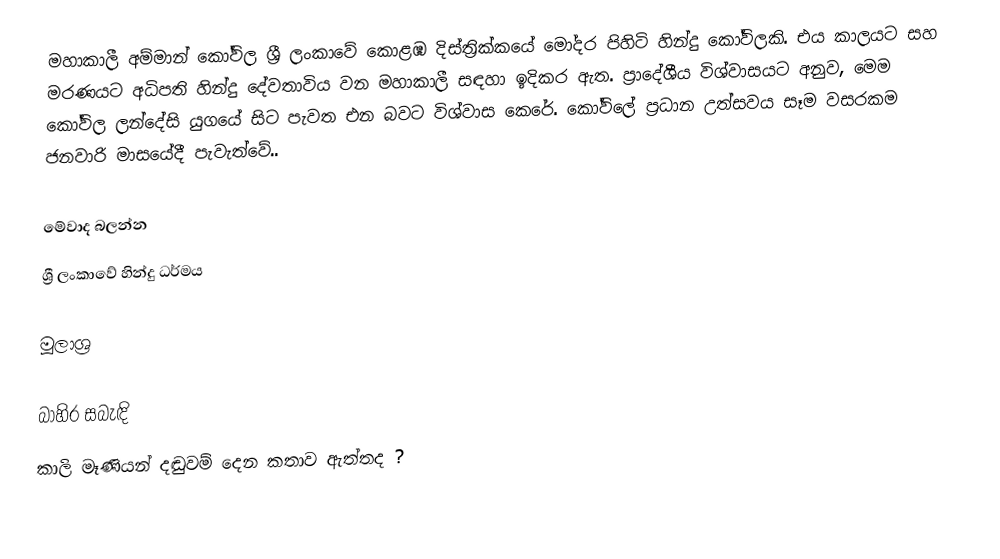
මහාකාලී අම්මාන් කෝවිල ශ්‍රී ලංකාවේ කොළඹ දිස්ත්‍රික්කයේ මෝදර පිහිටි හින්දු කෝවිලකි. එය කාලයට සහ මරණයට අධිපති හින්දු දේවතාවිය වන මහාකාලී සඳහා ඉදිකර ඇත. ප්‍රාදේශීය විශ්වාසයට අනුව, මෙම කෝවිල ලන්දේසි යුගයේ සිට පැවත එන බවට විශ්වාස කෙරේ. කෝවිලේ ප්‍රධාන උත්සවය සෑම වසරකම ජනවාරි මාසයේදී පැවැත්වේ..

මේවාද බලන්න
ශ්‍රී ලංකාවේ හින්දු ධර්මය

මූලාශ්‍ර

බාහිර සබැඳි
කාලි මෑණියන් දඬුවම් දෙන කතාව ඇත්තද ?